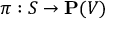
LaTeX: \pi : S \to \mathbf { P } ( V )